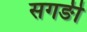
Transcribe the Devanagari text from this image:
सगङी